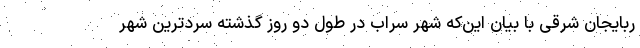
ربایجان شرقی با بیان این‌که شهر سراب در طول دو روز گذشته سردترین شهر